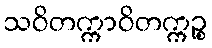
သဝိတက္ကာဝိတက္ကဉ္စ